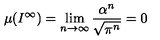
\mu ( I ^ { \infty } ) = \lim _ { n \rightarrow \infty } \frac { \alpha ^ { n } } { \sqrt { \pi ^ { n } } } = 0